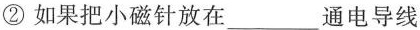
② 如果把小磁针放在___通电导线